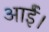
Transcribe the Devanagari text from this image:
आर्ई।